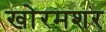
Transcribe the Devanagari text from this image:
खोरमशर